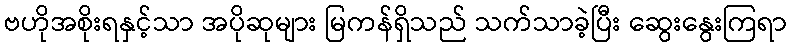
ဗဟိုအစိုးရနှင့်သာ အပိုဆုများ မြကန်ရှိသည် သက်သာခဲ့ပြီး ဆွေးနွေးကြရာ